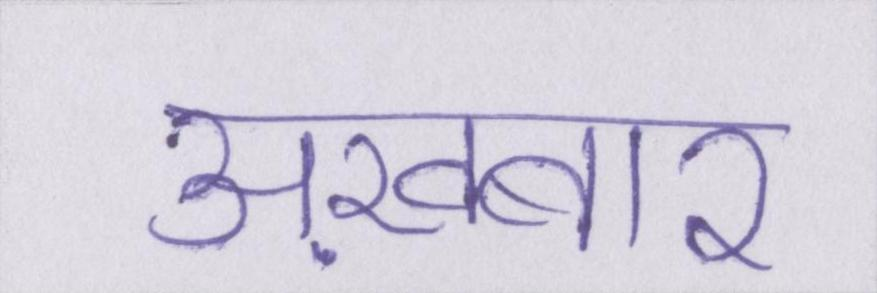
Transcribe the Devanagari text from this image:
अख़बार